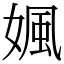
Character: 㜄